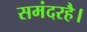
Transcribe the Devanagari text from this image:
समंदरहै।